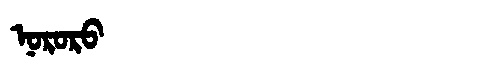
Manchu: ᠨᠣᡵᠣᡵᠣ
Romanization: NORORO